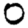
Digit: 0